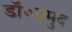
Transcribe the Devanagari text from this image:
डॉ०प्रमुद